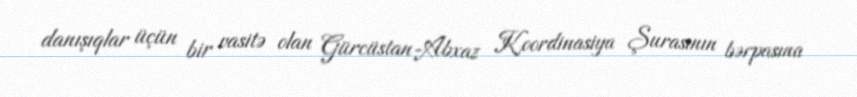
danışıqlar üçün bir vasitə olan Gürcüstan-Abxaz Koordinasiya Şurasının bərpasına